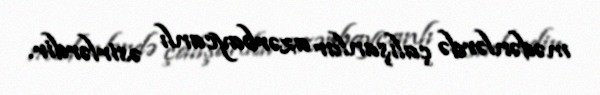
mədənlərdə çalışanlar azərbaycanlı əsirlərdir.